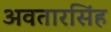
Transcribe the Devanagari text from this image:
अवतारसिंह